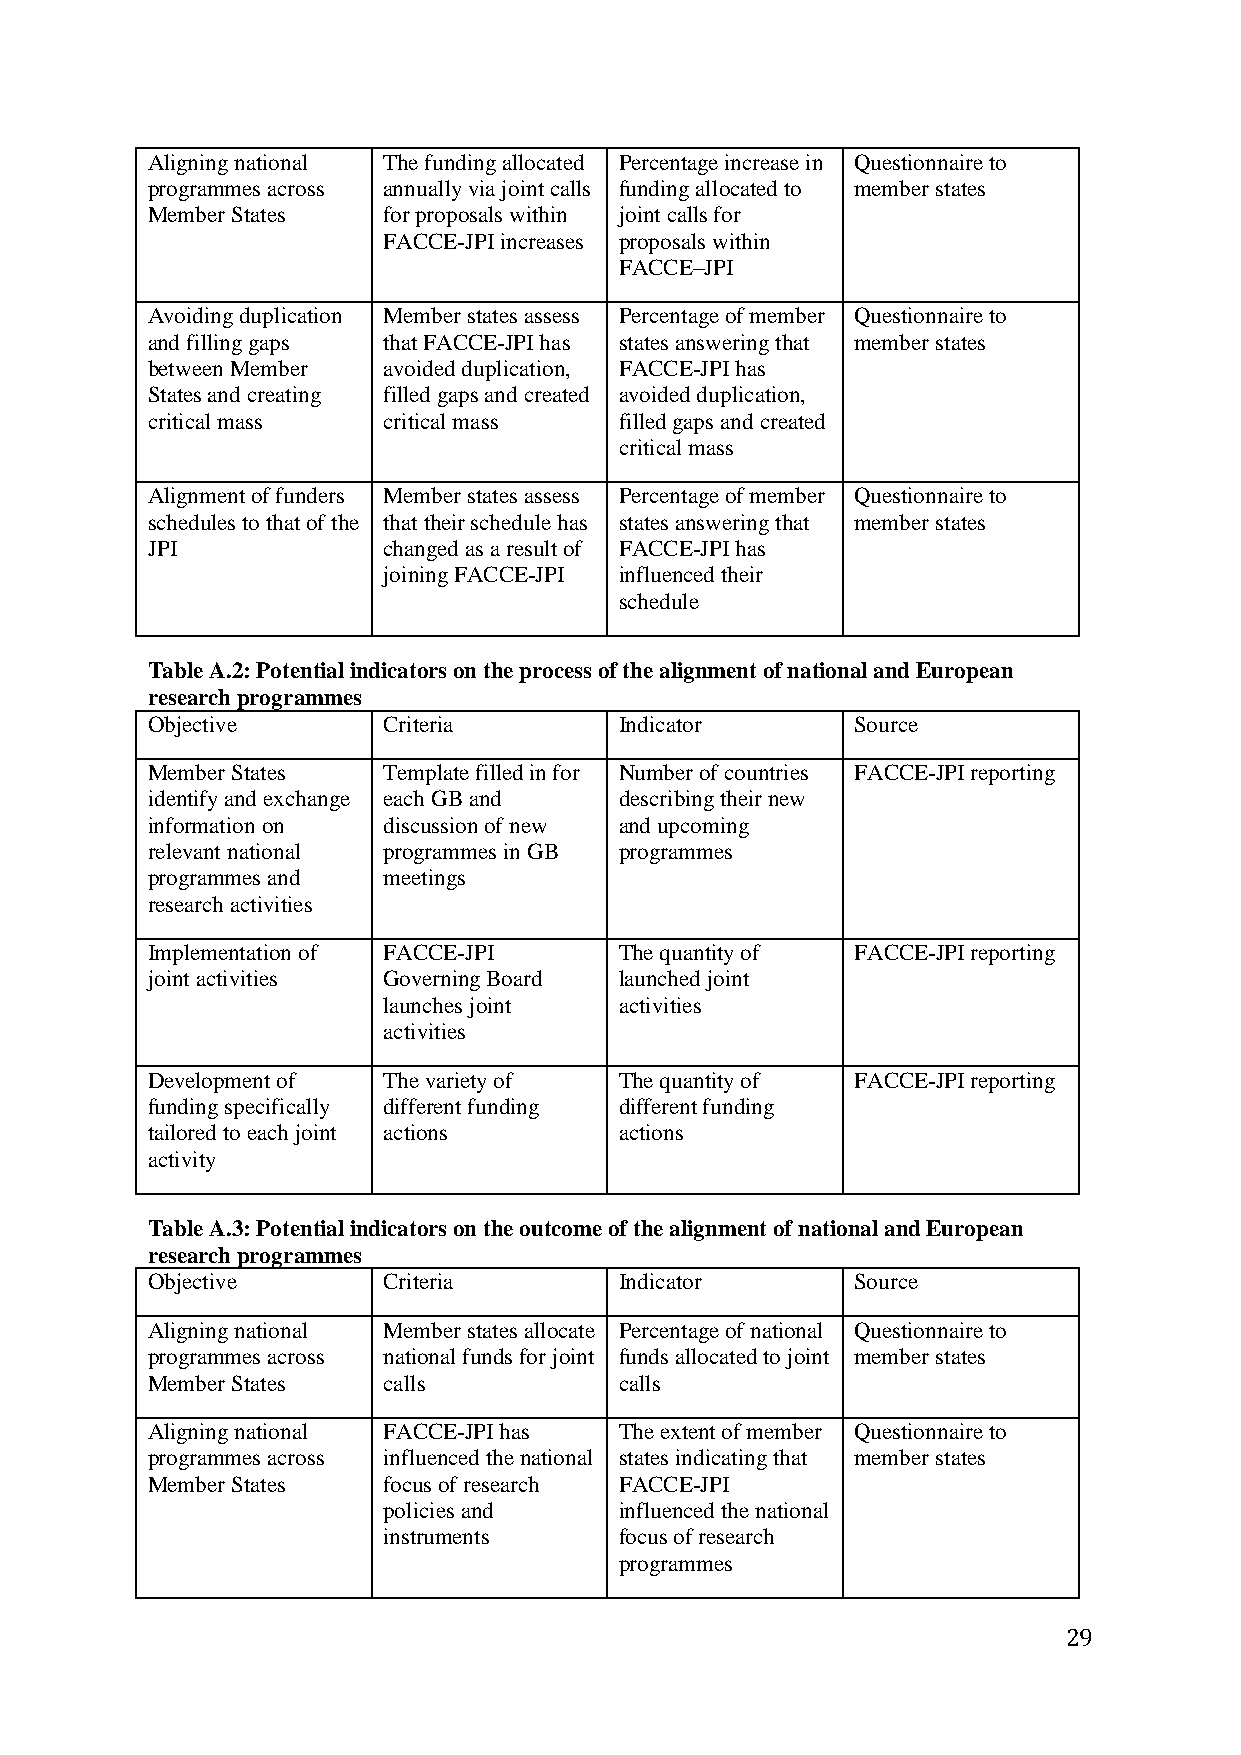
Aligning national The funding allocated Percentage increase in Questionnaire to
 programmes across annually via joint calls funding allocated to member states
 Member States  for proposals within joint calls for
 FACCE-JPI increases proposals within
 FACCE–JPI
 Avoiding duplication Member states assess Percentage of member Questionnaire to
 and filling gaps that FACCE-JPI has states answering that member states
 between Member avoided duplication, FACCE-JPI has
 States and creating filled gaps and created avoided duplication,
 critical mass  critical mass   filled gaps and created
 critical mass
 Alignment of funders Member states assess Percentage of member Questionnaire to
 schedules to that of the that their schedule has states answering that member states
 JPI            changed as a result of FACCE-JPI has
 joining FACCE-JPI influenced their
 schedule
 Table A.2: Potential indicators on the process of the alignment of national and European
 research programmes
 Objective      Criteria        Indicator       Source
 Member States  Template filled in for Number of countries FACCE-JPI reporting
 identify and exchange each GB and describing their new
 information on discussion of new and upcoming
 relevant national programmes in GB programmes
 programmes and meetings
 research activities
 Implementation of FACCE-JPI    The quantity of FACCE-JPI reporting
 joint activities Governing Board launched joint
 launches joint  activities
 activities
 Development of The variety of  The quantity of FACCE-JPI reporting
 funding specifically different funding different funding
 tailored to each joint actions actions
 activity
 Table A.3: Potential indicators on the outcome of the alignment of national and European
 research programmes
 Objective      Criteria        Indicator       Source
 Aligning national Member states allocate Percentage of national Questionnaire to
 programmes across national funds for joint funds allocated to joint member states
 Member States  calls           calls
 Aligning national FACCE-JPI has The extent of member Questionnaire to
 programmes across influenced the national states indicating that member states
 Member States  focus of research FACCE-JPI
 policies and    influenced the national
 instruments     focus of research
 programmes
 29